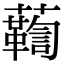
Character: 𧄛